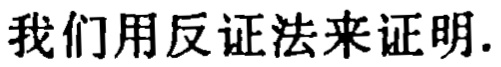
我们用反证法来证明.